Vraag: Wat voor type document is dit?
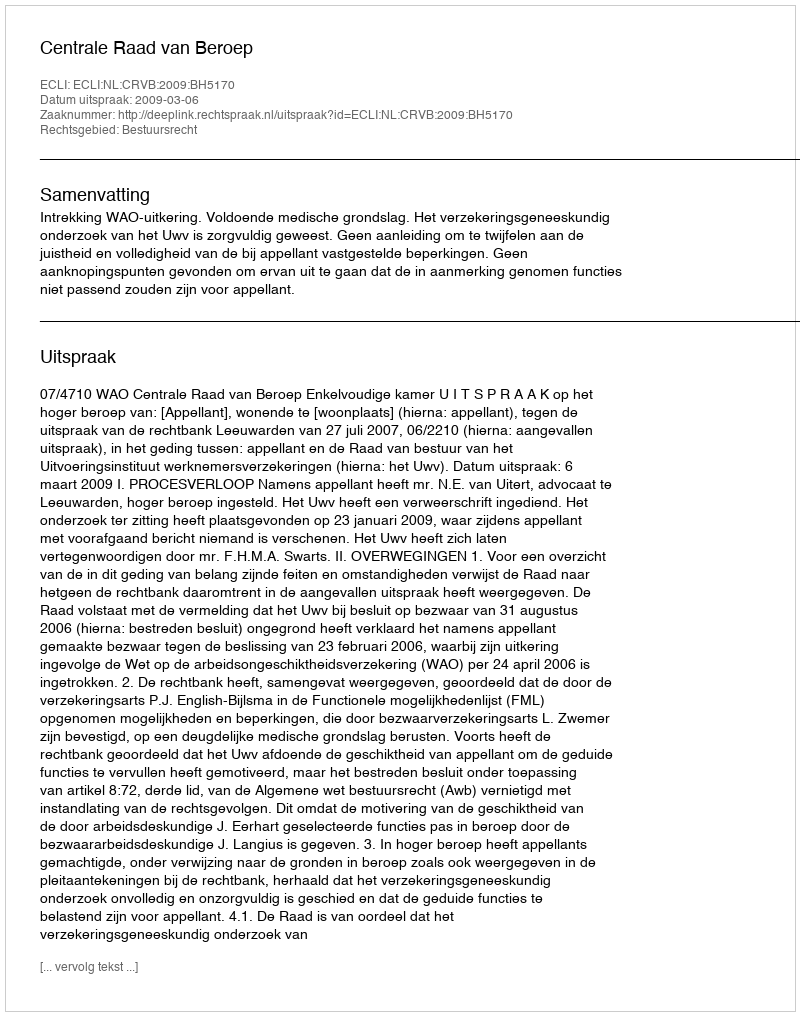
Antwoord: Uitspraak